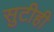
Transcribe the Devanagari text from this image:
सुटीही